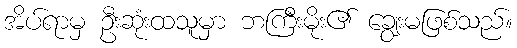
အိပ်ရာမှ ဦးဆုံးထသူမှာ ဘကြီးမိုး၏ ချွေးမဖြစ်သည်။